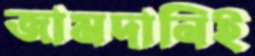
জামদানিই